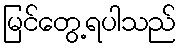
မြင်တွေ့ရပါသည်